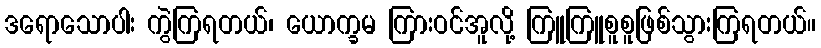
ဒရောသောပါး ကွဲကြရတယ်၊ ယောက္ခမ ကြားဝင်အူလို့ ကြူကြူစူစူဖြစ်သွားကြရတယ်။